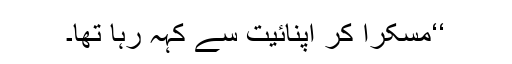
‘‘مسکرا کر اپنائیت سے کہہ رہا تھا۔